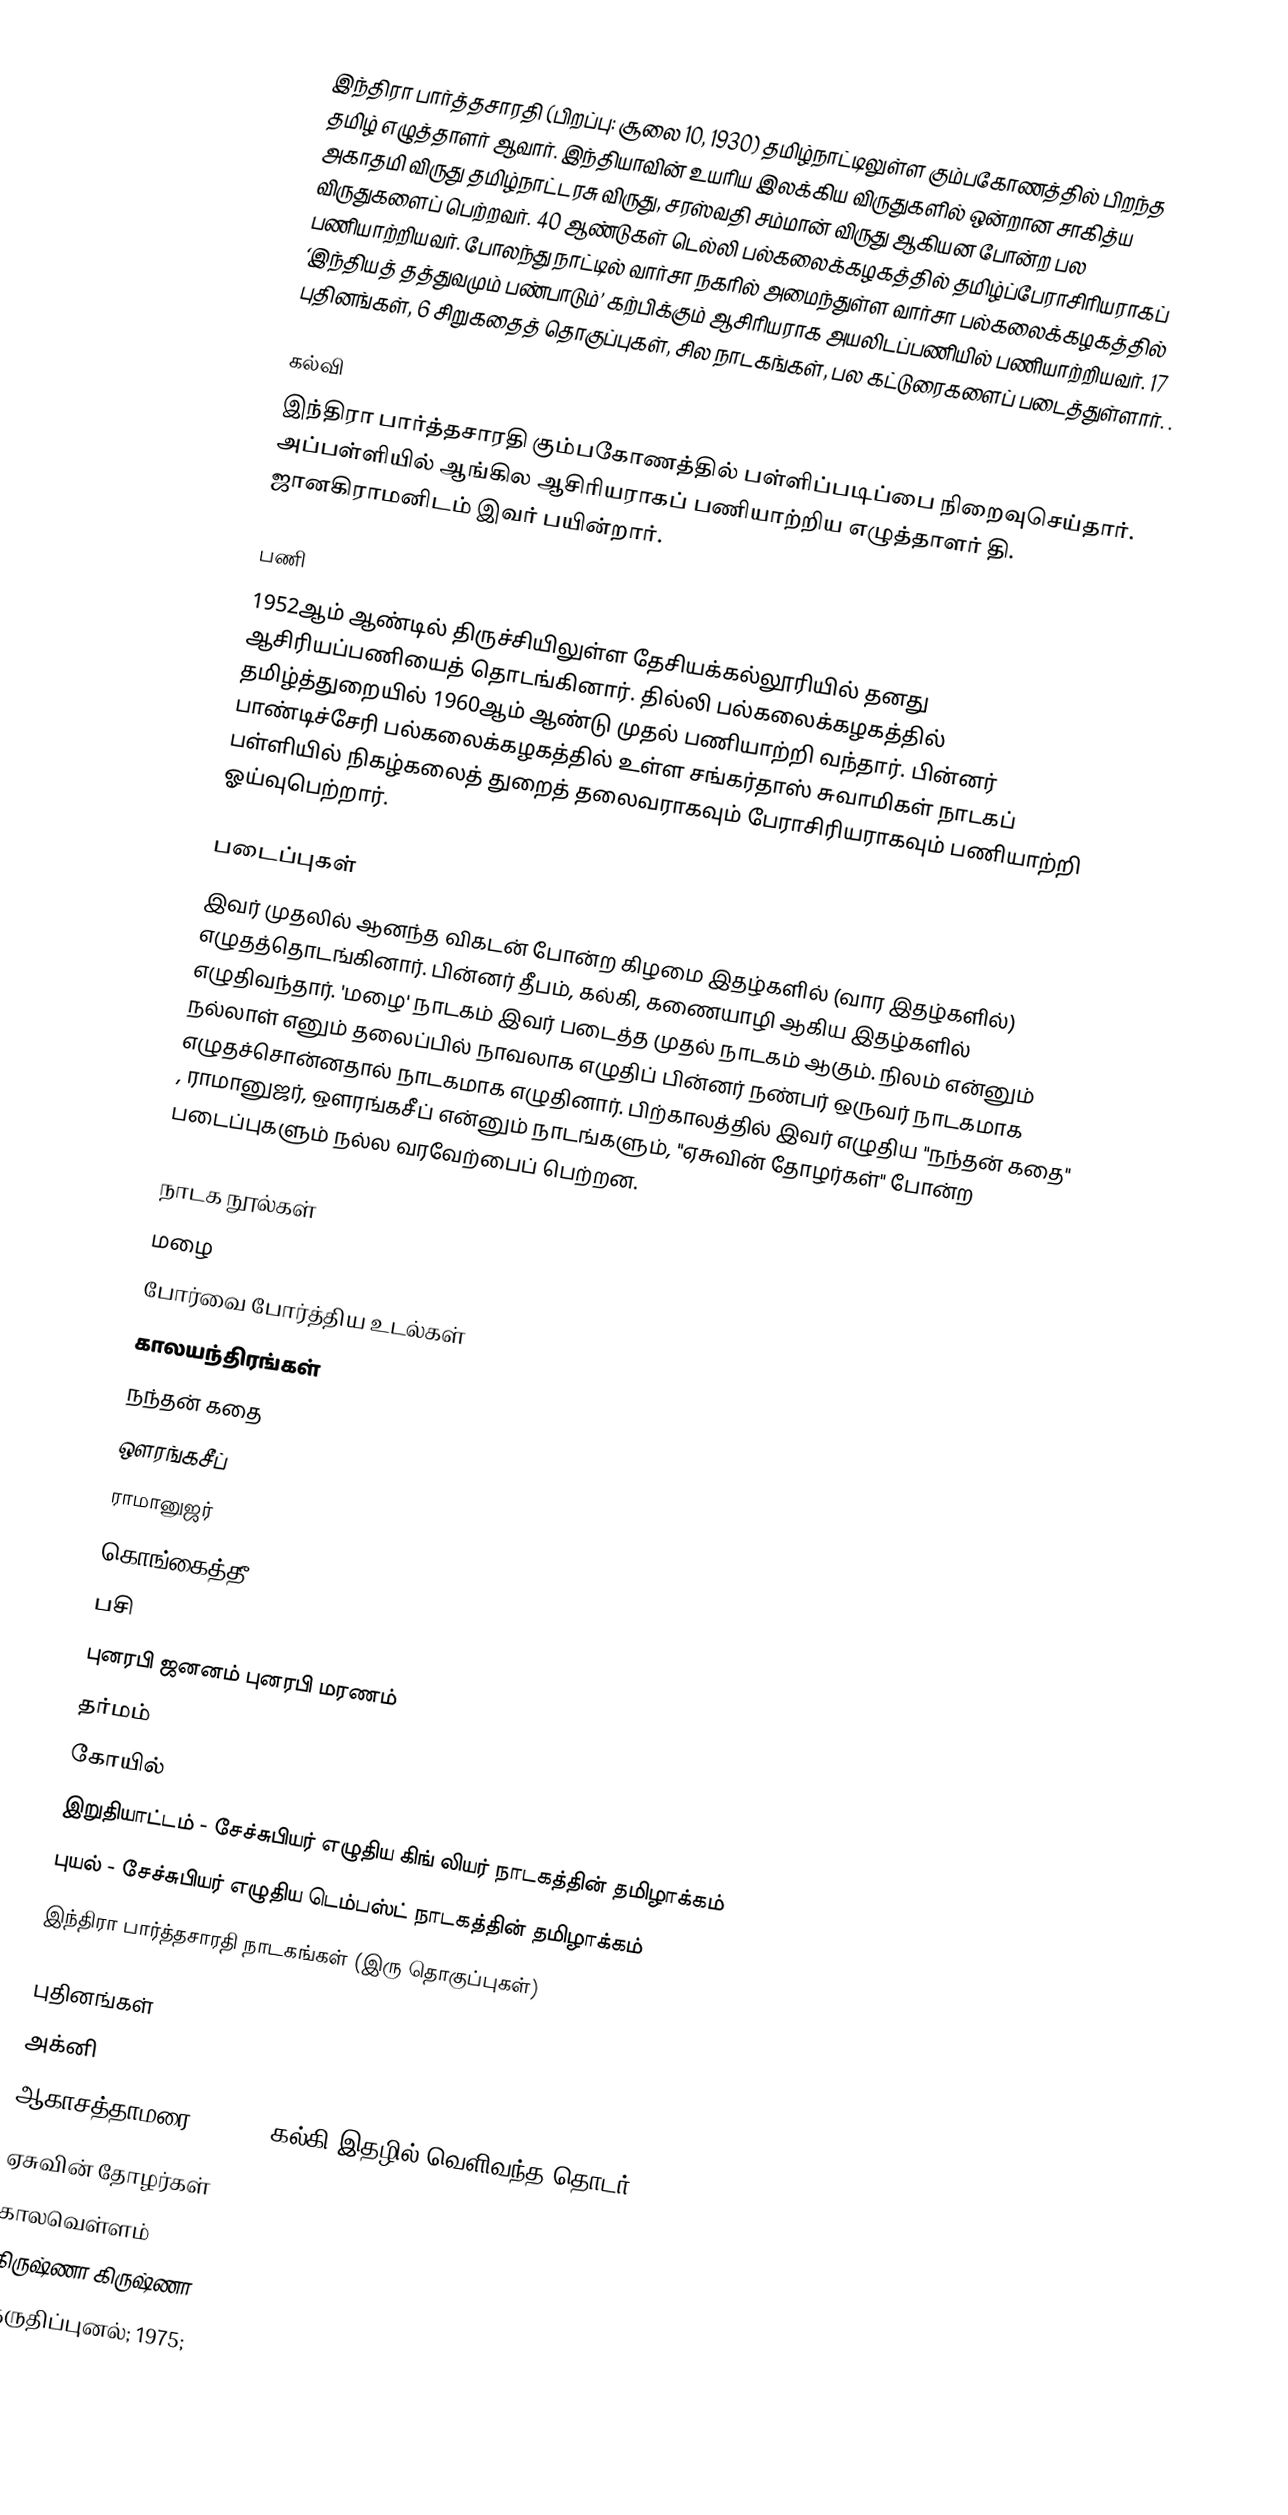
இந்திரா பார்த்தசாரதி (பிறப்பு: சூலை 10, 1930) தமிழ்நாட்டிலுள்ள கும்பகோணத்தில் பிறந்த தமிழ் எழுத்தாளர் ஆவார். இந்தியாவின் உயரிய இலக்கிய விருதுகளில் ஒன்றான சாகித்ய அகாதமி விருது தமிழ்நாட்டரசு விருது, சரஸ்வதி சம்மான் விருது ஆகியன போன்ற பல விருதுகளைப் பெற்றவர்.  40 ஆண்டுகள் டெல்லி பல்கலைக்கழகத்தில் தமிழ்ப்பேராசிரியராகப் பணியாற்றியவர்.  போலந்து நாட்டில் வார்சா நகரில் அமைந்துள்ள வார்சா பல்கலைக்கழகத்தில் ‘இந்தியத் தத்துவமும் பண்பாடும்’ கற்பிக்கும் ஆசிரியராக அயலிடப்பணியில் பணியாற்றியவர். 17 புதினங்கள், 6 சிறுகதைத் தொகுப்புகள்,  சில நாடகங்கள், பல கட்டுரைகளைப் படைத்துள்ளார். .

கல்வி
இந்திரா பார்த்தசாரதி கும்பகோணத்தில் பள்ளிப்படிப்பை நிறைவுசெய்தார். அப்பள்ளியில் ஆங்கில ஆசிரியராகப் பணியாற்றிய எழுத்தாளர் தி. ஜானகிராமனிடம் இவர் பயின்றார்.

பணி
1952ஆம் ஆண்டில் திருச்சியிலுள்ள தேசியக்கல்லூரியில் தனது ஆசிரியப்பணியைத் தொடங்கினார்.  தில்லி பல்கலைக்கழகத்தில் தமிழ்த்துறையில் 1960ஆம் ஆண்டு முதல் பணியாற்றி வந்தார். பின்னர் பாண்டிச்சேரி பல்கலைக்கழகத்தில் உள்ள சங்கர்தாஸ் சுவாமிகள் நாடகப் பள்ளியில் நிகழ்கலைத் துறைத் தலைவராகவும் பேராசிரியராகவும் பணியாற்றி ஓய்வுபெற்றார்.

படைப்புகள்
இவர் முதலில் ஆனந்த விகடன் போன்ற கிழமை இதழ்களில் (வார இதழ்களில்) எழுதத்தொடங்கினார். பின்னர் தீபம், கல்கி, கணையாழி ஆகிய இதழ்களில் எழுதிவந்தார்.  'மழை' நாடகம் இவர் படைத்த முதல் நாடகம் ஆகும். நிலம் என்னும் நல்லாள் எனும் தலைப்பில் நாவலாக எழுதிப் பின்னர் நண்பர் ஒருவர் நாடகமாக எழுதச்சொன்னதால் நாடகமாக எழுதினார். பிற்காலத்தில் இவர் எழுதிய "நந்தன் கதை" , ராமானுஜர், ஔரங்கசீப் என்னும் நாடங்களும், "ஏசுவின் தோழர்கள்" போன்ற படைப்புகளும் நல்ல வரவேற்பைப் பெற்றன.

நாடக நூல்கள்
 மழை
 போர்வை போர்த்திய உடல்கள்
 காலயந்திரங்கள்
 நந்தன் கதை
 ஒளரங்கசீப்
 ராமானுஜர்
 கொங்கைத்தீ
 பசி
 புனரபி ஜனனம் புனரபி மரணம்
 தர்மம்
 கோயில்
 இறுதியாட்டம் - சேச்சுபியர் எழுதிய கிங் லியர் நாடகத்தின் தமிழாக்கம்
 புயல் - சேச்சுபியர் எழுதிய டெம்பஸ்ட் நாடகத்தின் தமிழாக்கம்
 இந்திரா பார்த்தசாரதி நாடகங்கள் (இரு தொகுப்புகள்)

புதினங்கள்
 அக்னி
 ஆகாசத்தாமரை (1991 - கல்கி இதழில் வெளிவந்த தொடர்)
 ஏசுவின் தோழர்கள்
 காலவெள்ளம்
 கிருஷ்ணா கிருஷ்ணா
 குருதிப்புனல்; 1975;